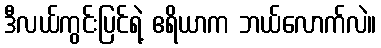
ဒီလယ်ကွင်းပြင်ရဲ့ ဧရိယာက ဘယ်လောက်လဲ။